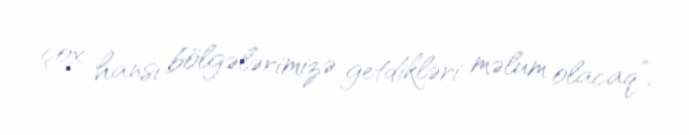
çox hansı bölgələrimizə getdikləri məlum olacaq”.